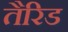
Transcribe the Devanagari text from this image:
तैरिड